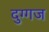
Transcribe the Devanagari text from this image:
दुग्गज